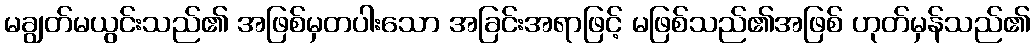
မချွတ်မယွင်းသည်၏ အဖြစ်မှတပါးသော အခြင်းအရာဖြင့် မဖြစ်သည်၏အဖြစ် ဟုတ်မှန်သည်၏